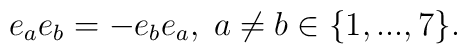
e_{a}e_{b} = -e_{b}e_{a}, \; a\ne b\in\{1,...,7\}.